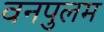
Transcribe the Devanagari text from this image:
वनपुलम